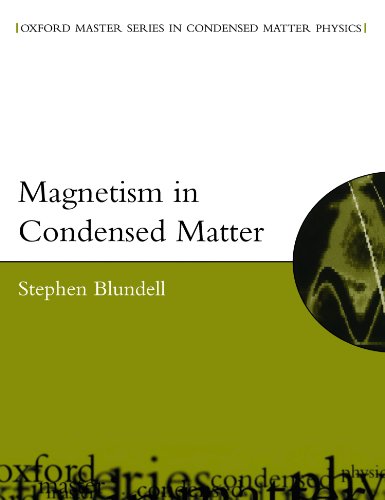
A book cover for Magnetism in Condensed Matter (Oxford Master Series in Physics); Stephen Blundell; Science & Math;